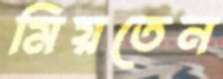
মিয়তেন